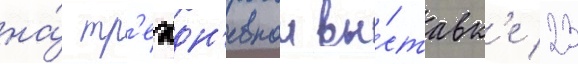
на́ тр'ехдн'евнои вы́ставк'е 23